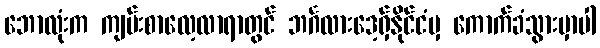
ဘောလုံးက ကျမ်းစာလေ့လာရာတွင် ဘင်္ဂလားဒေ့ရှ်နိုင်ငံမှ ကောက်ခံသွားမှာပါ